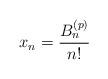
LaTeX: \begin{align*}x_{n}=\frac{B_{n}^{\left(p\right)}}{n!}\end{align*}